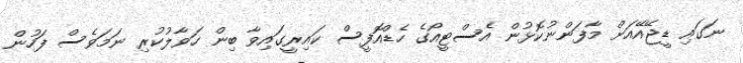
ނަގައި ޑީޖޭއޭއަށް މާފަންނުކޮޅުން އެސްޓީއޯގެ ހެޑްއޮފީސް ކައިރީގައިވާ ބިން ހަވާލުކުރި ނަމަވެސް ފަހުން